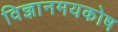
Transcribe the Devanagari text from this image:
विज्ञानमयकोष